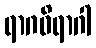
ရာဂဝိရာဂါ